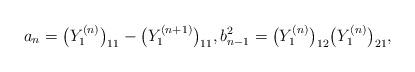
LaTeX: \begin{gather*}a_n = \big(Y_1^{(n)}\big)_{11} - \big(Y_1^{(n+1)}\big)_{11}, b_{n-1}^2 = \big(Y_1^{(n)}\big)_{12} \big(Y_1^{(n)}\big)_{21},\end{gather*}